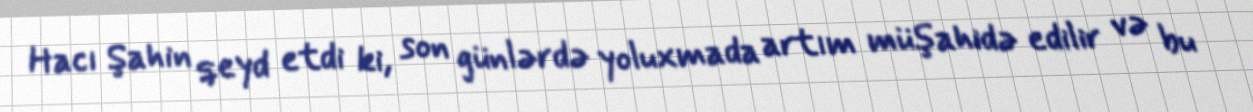
Hacı Şahin qeyd etdi ki, son günlərdə yoluxmada artım müşahidə edilir və bu